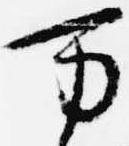
万